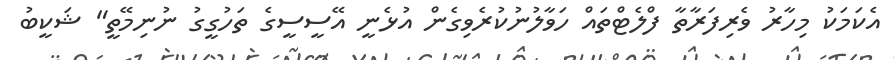
އެކަމަކު މިހާރު ވެރިފަރާތާ ފްލެޓްތައް ހަވާލުނުކުރެވިގެން އުޅެނީ އޭސީސީގެ ތަހުގީގު ނުނިމޭތީ" ޝަކީބު